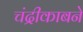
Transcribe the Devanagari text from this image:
चंद्रीकाबने